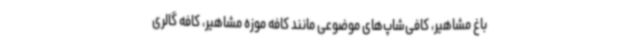
باغ مشاهیر، کافی‌شاپ‌های موضوعی مانند کافه موزه مشاهیر، کافه گالری